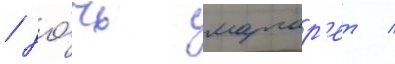
/ до́чь маргар'ет /